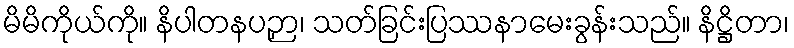
မိမိကိုယ်ကို။ နိပါတနပဉှာ၊ သတ်ခြင်းပြဿနာမေးခွန်းသည်။ နိဋ္ဌိတာ၊